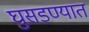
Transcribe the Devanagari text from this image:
घुसडण्यात